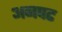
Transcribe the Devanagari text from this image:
अनपट